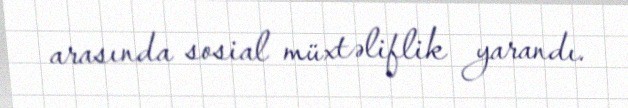
arasında sosial müxtəliflik yarandı.